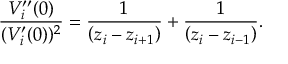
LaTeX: \frac { V _ { i } ^ { \prime \prime } ( 0 ) } { ( V _ { i } ^ { \prime } ( 0 ) ) ^ { 2 } } = \frac { 1 } { \left( z _ { i } - z _ { i + 1 } \right) } + \frac { 1 } { \left( z _ { i } - z _ { i - 1 } \right) } .